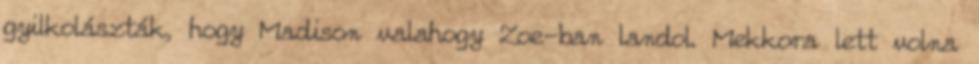
gyilkolászták, hogy Madison valahogy Zoe-ban landol. Mekkora lett volna